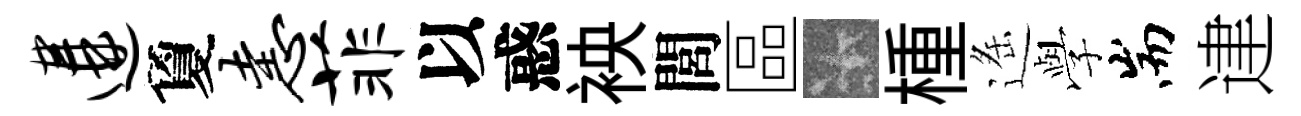
遘夐恚菲以惑䘧閭區卡㮔遥𫝯耑䢖